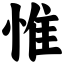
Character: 惟